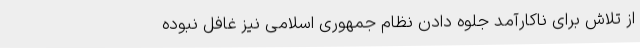
از تلاش برای ناکارآمد جلوه دادن نظام جمهوری اسلامی نیز غافل نبوده